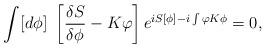
LaTeX: \begin{align*}\int[d\phi]\ \left[\frac{\delta S}{\delta \phi} -K\varphi\right]e^{iS[\phi]-i\int\varphi K\phi}=0,\end{align*}